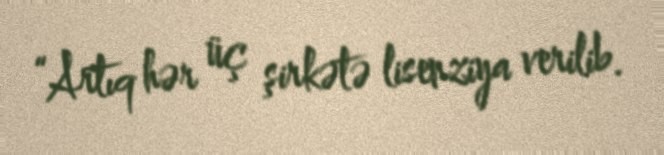
“Artıq hər üç şirkətə lisenziya verilib.